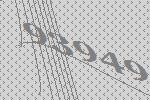
93949